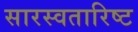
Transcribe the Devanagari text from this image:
सारस्वतारिष्ट